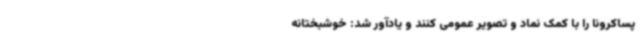
پساکرونا را با کمک نماد و تصویر عمومی کنند و یادآور شد: خوشبختانه